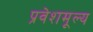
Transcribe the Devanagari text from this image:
प्रवेशमूल्य